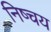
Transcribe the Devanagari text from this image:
निष्चय